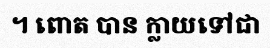
។ ពោត បាន ក្លាយទៅជា